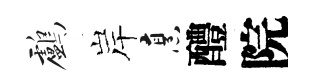
鸕岸烹醴院